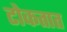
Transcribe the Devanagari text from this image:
टोकतात